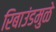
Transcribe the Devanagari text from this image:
रिबाउंडमुळे